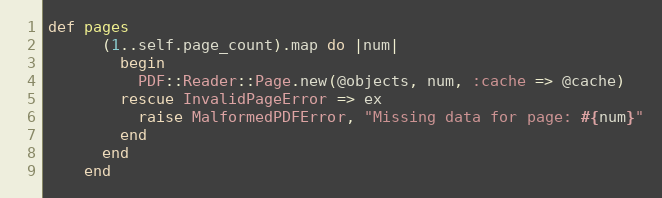
Language: Ruby
def pages
      (1..self.page_count).map do |num|
        begin
          PDF::Reader::Page.new(@objects, num, :cache => @cache)
        rescue InvalidPageError => ex
          raise MalformedPDFError, "Missing data for page: #{num}"
        end
      end
    end